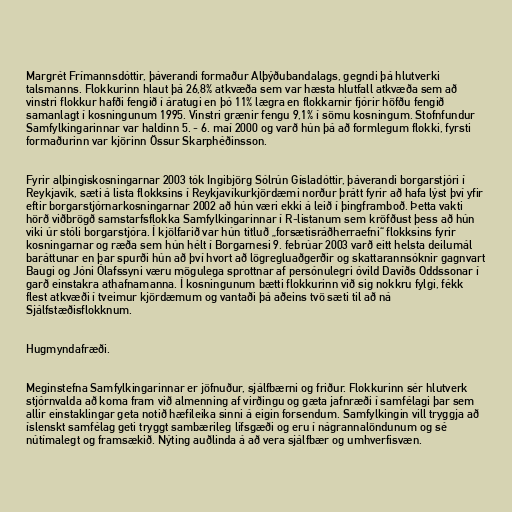
Margrét Frímannsdóttir, þáverandi formaður Alþýðubandalags, gegndi þá hlutverki
talsmanns. Flokkurinn hlaut þá 26,8% atkvæða sem var hæsta hlutfall atkvæða sem að
vinstri flokkur hafði fengið í áratugi en þó 11% lægra en flokkarnir fjórir höfðu fengið
samanlagt í kosningunum 1995. Vinstri grænir fengu 9,1% í sömu kosningum. Stofnfundur
Samfylkingarinnar var haldinn 5. - 6. maí 2000 og varð hún þá að formlegum flokki, fyrsti
formaðurinn var kjörinn Össur Skarphéðinsson.

Fyrir alþingiskosningarnar 2003 tók Ingibjörg Sólrún Gísladóttir, þáverandi borgarstjóri í
Reykjavík, sæti á lista flokksins í Reykjavíkurkjördæmi norður þrátt fyrir að hafa lýst því yfir
eftir borgarstjórnarkosningarnar 2002 að hún væri ekki á leið í þingframboð. Þetta vakti
hörð viðbrögð samstarfsflokka Samfylkingarinnar í R-listanum sem kröfðust þess að hún
viki úr stóli borgarstjóra. Í kjölfarið var hún titluð „forsætisráðherraefni“ flokksins fyrir
kosningarnar og ræða sem hún hélt í Borgarnesi 9. febrúar 2003 varð eitt helsta deilumál
baráttunar en þar spurði hún að því hvort að lögregluaðgerðir og skattarannsóknir gagnvart
Baugi og Jóni Ólafssyni væru mögulega sprottnar af persónulegri óvild Davíðs Oddssonar í
garð einstakra athafnamanna. Í kosningunum bætti flokkurinn við sig nokkru fylgi, fékk
flest atkvæði í tveimur kjördæmum og vantaði þá aðeins tvö sæti til að ná
Sjálfstæðisflokknum.

Hugmyndafræði.

Meginstefna Samfylkingarinnar er jöfnuður, sjálfbærni og friður. Flokkurinn sér hlutverk
stjórnvalda að koma fram við almenning af virðingu og gæta jafnræði í samfélagi þar sem
allir einstaklingar geta notið hæfileika sinni á eigin forsendum. Samfylkingin vill tryggja að
íslenskt samfélag geti tryggt sambærileg lífsgæði og eru í nágrannalöndunum og sé
nútímalegt og framsækið. Nýting auðlinda á að vera sjálfbær og umhverfisvæn.